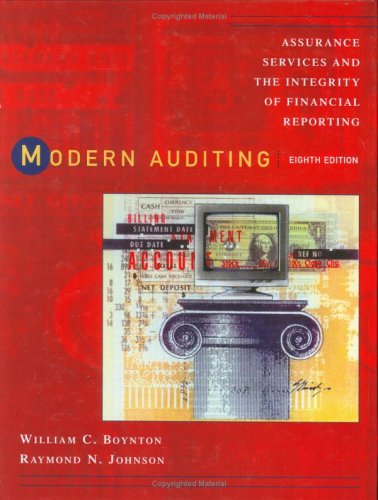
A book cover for Modern Auditing: Assurance Services and the Integrity of Financial Reporting; William C. Boynton; Business & Money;